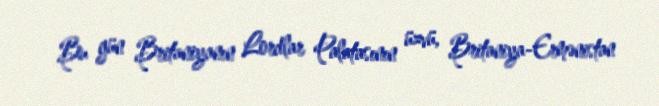
Bu gün Britaniyanın Lordlar Palatasının üzvü, Britaniya-Ermənistan